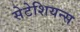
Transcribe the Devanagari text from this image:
सेटेशियन्स